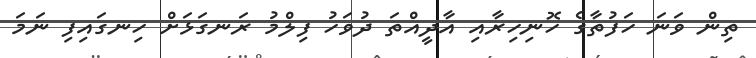
ތިން ވަނަ ހަފުތާގެ ހޮނިހިރާއި އާދީއްތަ ދުވަހު ފިލްމު ރަނގަޅަށް ހިނގައިފި ނަމަ